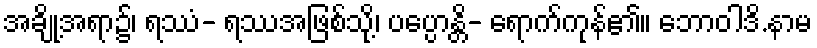
အချို့အရာ၌၊ ရဿံ- ရဿအဖြစ်သို့၊ ပပ္ပောန္တိ- ရောက်ကုန်၏။ ဘောဝါဒိ.နာမ